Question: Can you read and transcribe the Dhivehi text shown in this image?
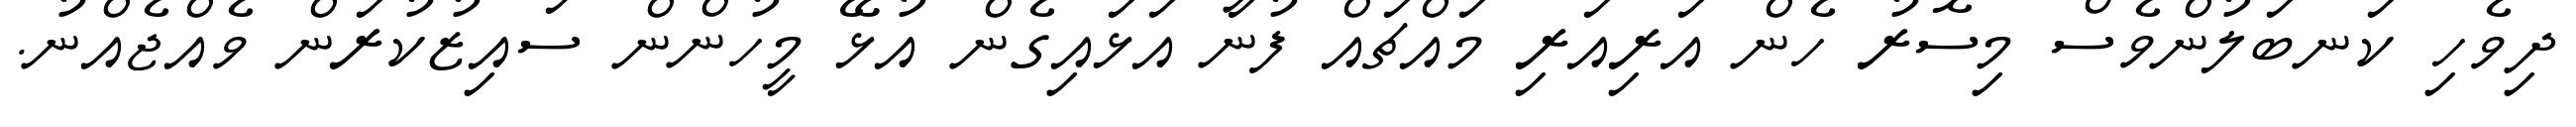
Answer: ދިވެހި ކަނބަލުންވެސް މިސޮރު ހެން އަރިއަރި މައްޗައް ފުނާ އަޅައިގެން އުޅޭ މީހުންން ސައިޒުކުރަން ވެއްޖެއްނު.